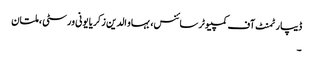
ڈیپارٹمنٹ آف کمپیوٹر سائنس، بہاو الدین زکریا یونی ورسٹی ، ملتان
۔